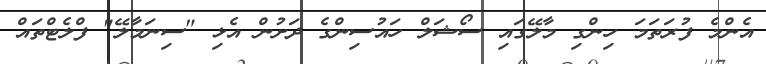
އެންމެ ފުރަތަމަ ހިންގި މާލޭގައި ސޯޝަލް ހައުސިންގެ ދަށުން އެޅި "ސިނަމާލޭ" ފްލެޓްތައް